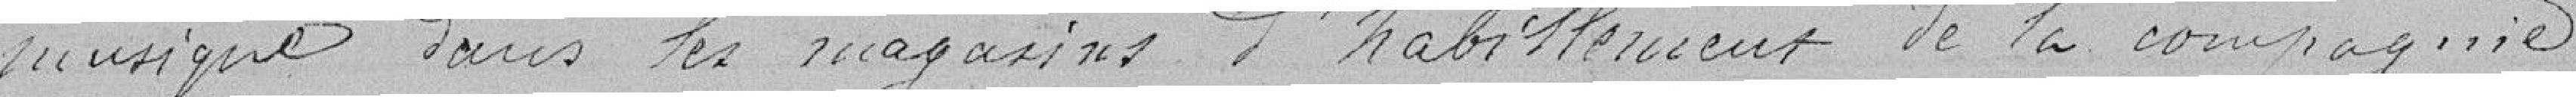
musique dans les magasins d'habillement de la compagnie